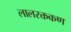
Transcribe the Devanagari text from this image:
लालरक्तकण